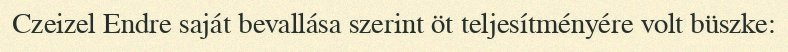
Czeizel Endre saját bevallása szerint öt teljesítményére volt büszke: